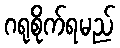
ဂရုစိုက်ရမည်